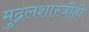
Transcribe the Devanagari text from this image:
मुद्गलशास्त्रीही